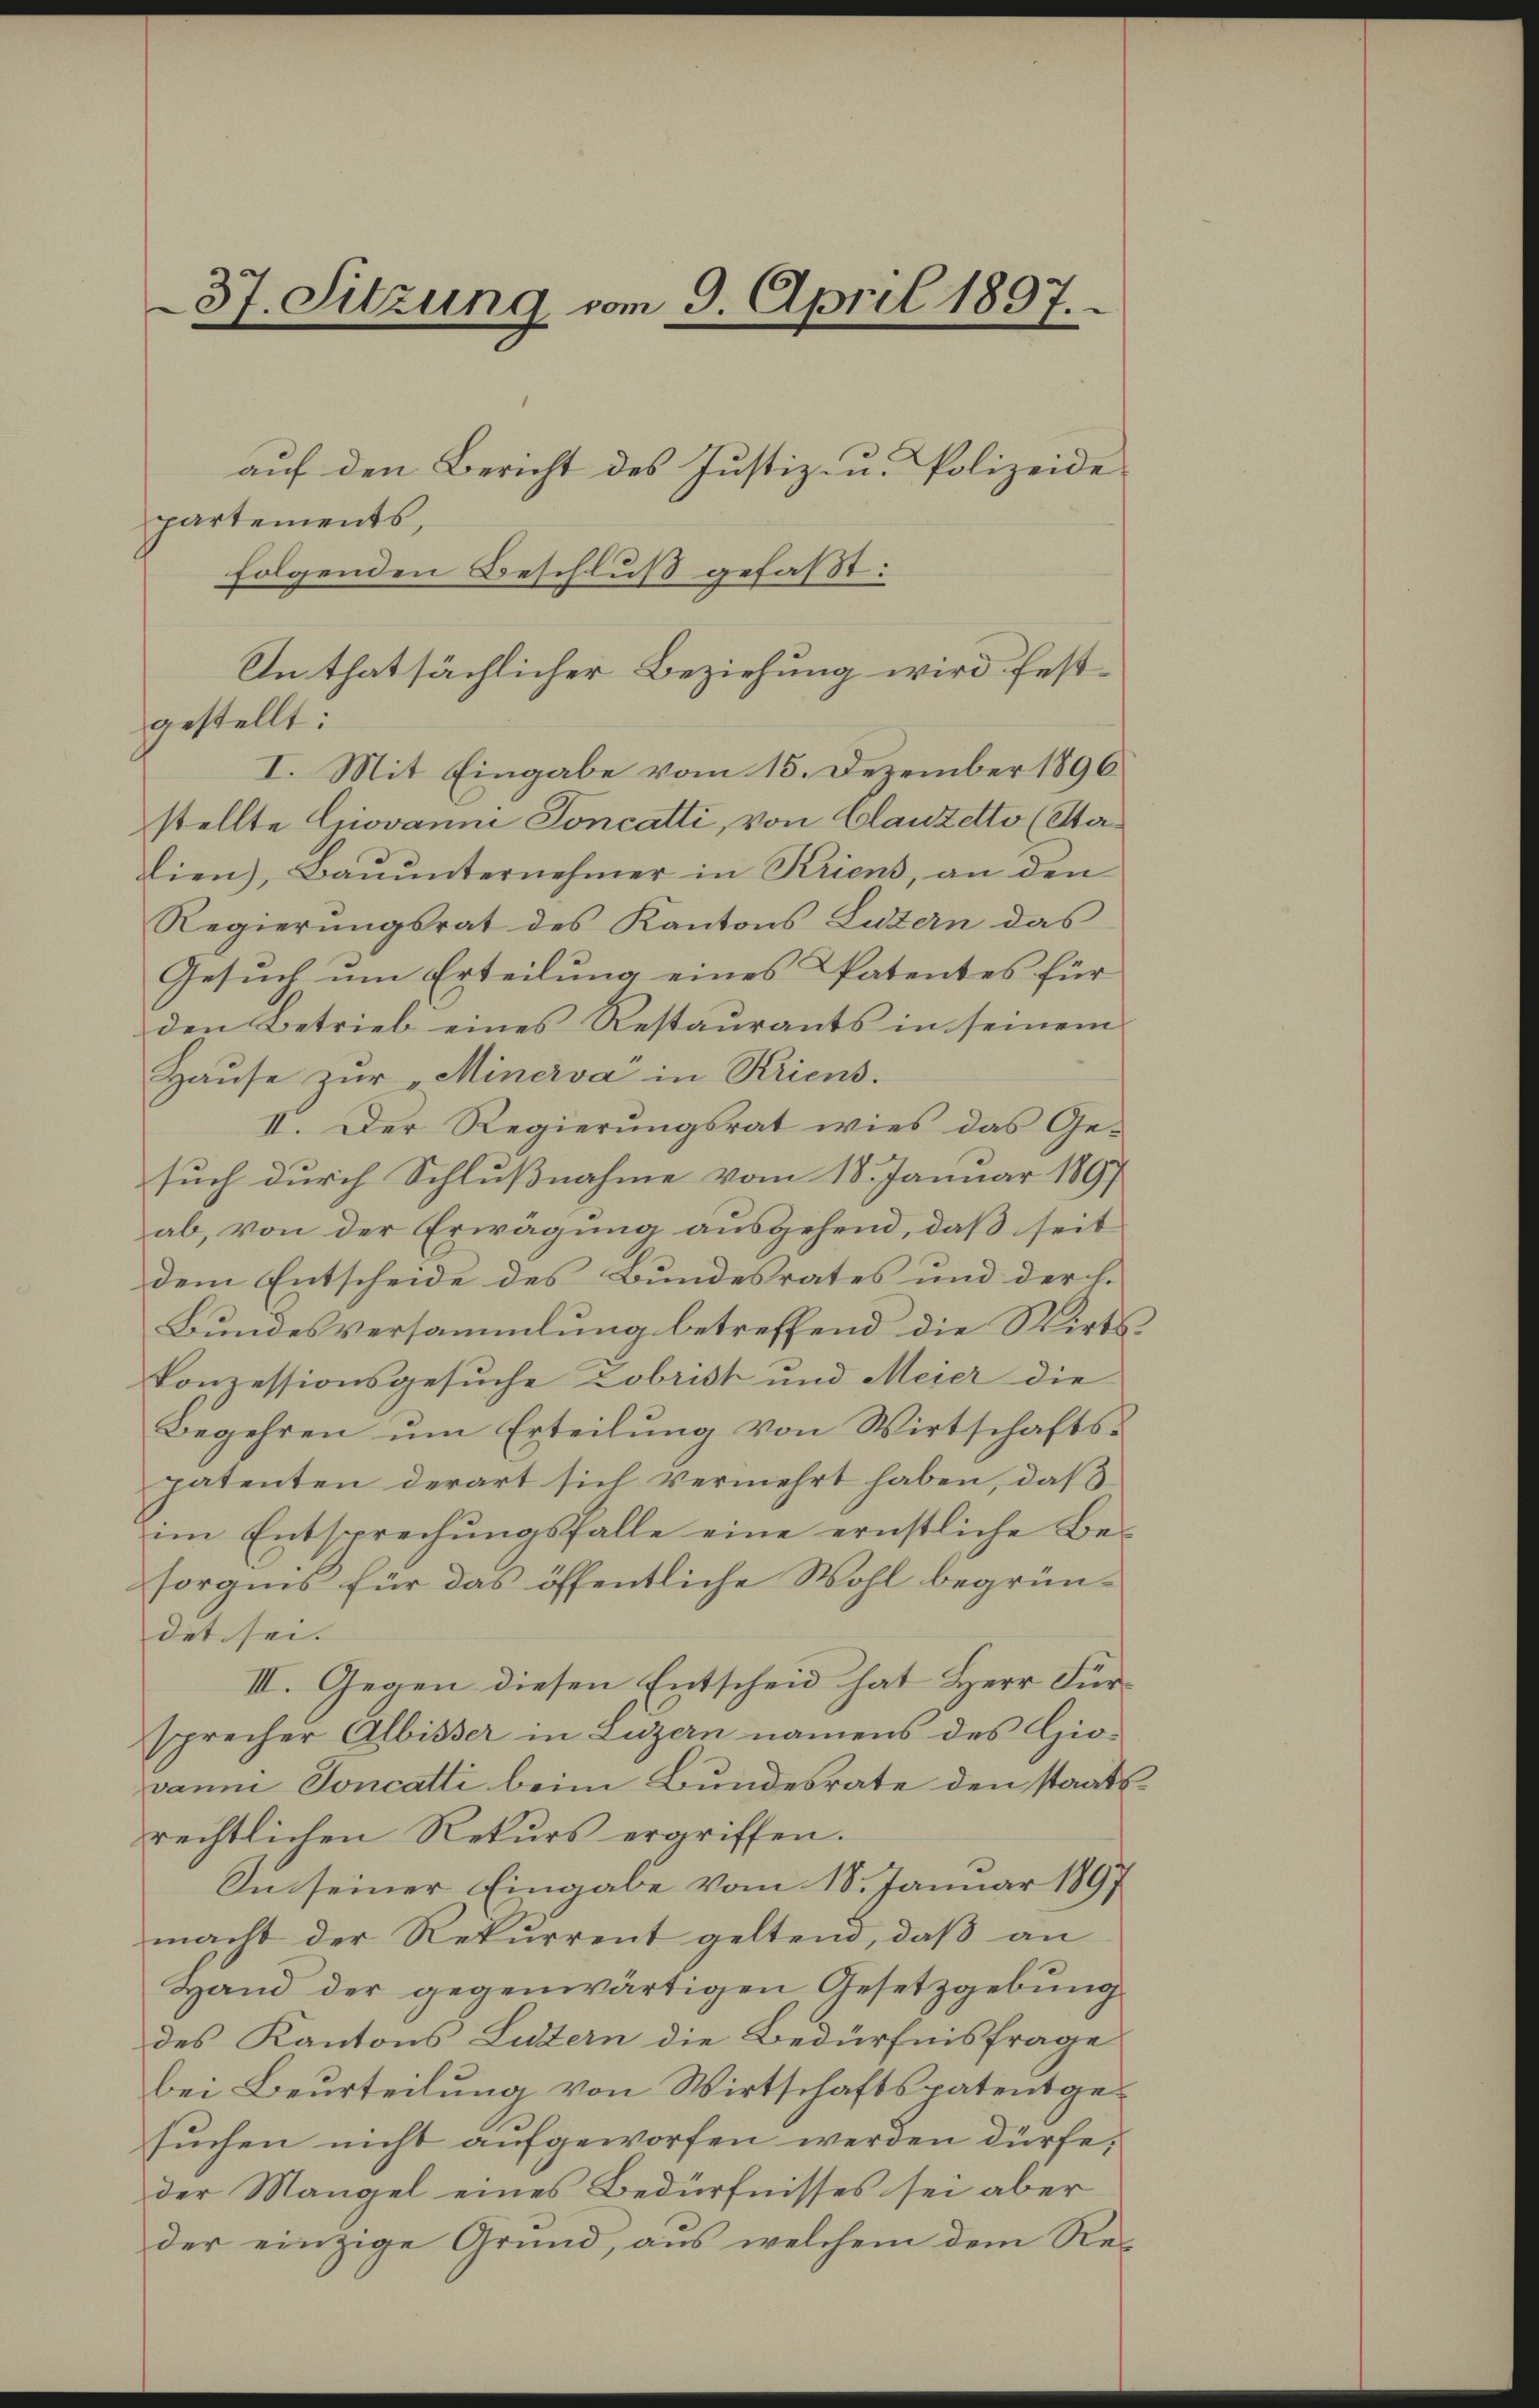
37. Sitzung vom 9. April 1897.

partements,
In thatsächlicher Beziehung wird fest¬
I. Mit Eingabe vom 15. Dezember 1896
stellte Giovanne Soncatti, von Clauzetto (Stalien), Baŭŭnternehmer in Kriens, an den
Regierungsrat des Kantons Luzern das
Gesuch um Erteilung eines Patentes für
den Betrieb eines Restaurants in seinem
Haŭse zŭr Minerva in Kriens.
II. Der Regierungsrat wies das Gesuch durch Schlußnahme vom 18. Januar 1897
ab, von der Erwägung ausgehend, daß seit
dem Entscheide des Bundesrates und derche
Bundesversammlung betreffend die Wirts
Ponzessionsgesuche Zobrist und Meier die
Begehren um Erteilung von Wirtschaftspatenten derart sich vermehrt haben, daß
im Entsprechŭngsfalle eine ernstliche Be-
sorgens für das öffentliche Wohl begründet sei.
III. Gegen diesen Entscheid hat Herr Fürsprecher Albisser in Luzern namens des Giovann Soncatti beim Bundesrate den staatsrechtlichen Rekurs ergriffen.
In seiner Eingabe vom 18. Januar 1897
macht der Rekurrent geltend, daß an
Hand der gegenwärtigen Gesetzgebung
des Kantons Luzern die Bedürfnisfrage
bei Beurteilung von Wirtschaftspatentgesuchen nicht aufgeworfen werden dürfe;
der Mangel eines Bedürfnisses sei aber
der einzige Grund, aus welchem dem Re¬

gestellt:

folgenden Beschluß gefaßt:

auf den Bericht des Justiz- u. Polizeide